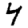
Digit: 4